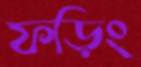
ফড়িং